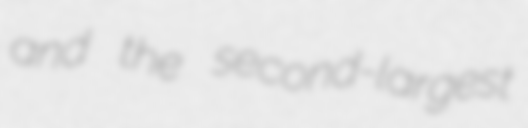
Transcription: and the second-largest